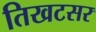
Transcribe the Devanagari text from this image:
तिखटसर